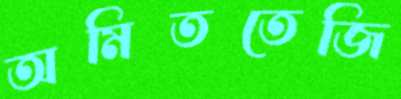
অমিততেজি